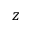
z